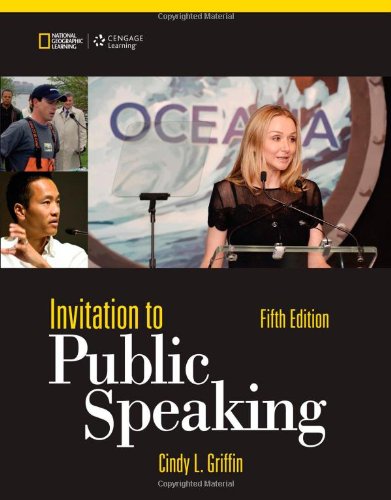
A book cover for Invitation to Public Speaking - National Geographic Edition; Cindy L. Griffin; Reference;